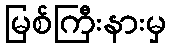
မြစ်ကြီးနားမှ